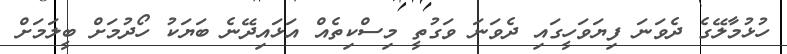
ހުޅުމާލޭގެ ދެވަނަ ފިޔަވަހީގައި ދެވަނަ ވަގުތީ މިސްކިތެއް އަޅައިދޭނެ ބަޔަކު ހޯދުމަށް ބީލަމަށް